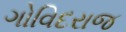
ગોવિદરાજ